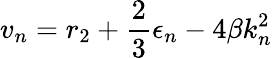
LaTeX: v_{n}=r_{2}+\frac{2}{3}\epsilon_{n}-4\beta k_{n}^{2}